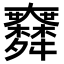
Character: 𦨅